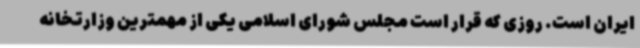
ایران است. روزی که قرار است مجلس شورای اسلامی یکی از مهمترین وزارتخانه